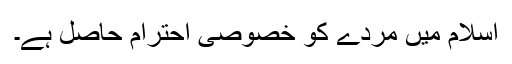
اسلام میں مردے کو خصوصی احترام حاصل ہے۔